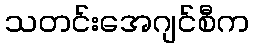
သတင်းအေဂျင်စီက